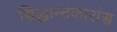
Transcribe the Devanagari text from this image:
सिद्धान्तकारांस